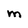
Character: M